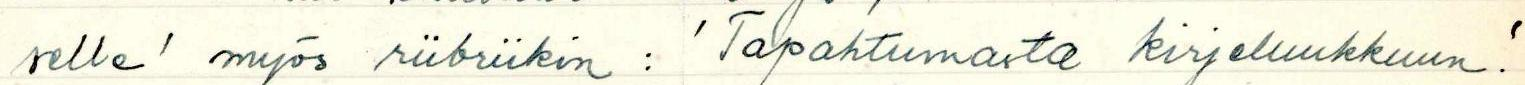
selle' myös riibriikin: 'Tapahtumasta kirjeluukkuun!